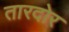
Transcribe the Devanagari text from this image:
तारदोर